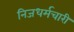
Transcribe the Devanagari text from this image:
निजधर्मचारी